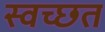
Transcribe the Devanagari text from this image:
स्वच्छत